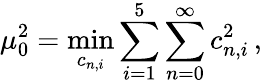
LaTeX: \mu_{0}^{2}=\operatorname*{min}_{c_{n,i}}\sum_{i=1}^{5}\sum_{n=0}^{\infty}c_{n,i}^{2}\, ,